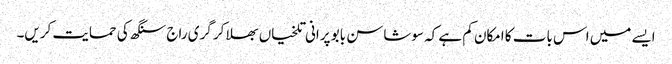
ایسے میں اس بات کا امکان کم ہے کہ سوشاسن بابو پرانی تلخیاں بھلا کر گری راج سنگھ کی حمایت کریں۔